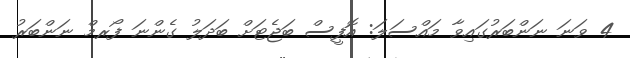
4 ވަނަ ނަންބަރުގައިވާ މައްސަލަ: އޮފީސް ބަޖެޓަށް ބަދަލު ގެންނަ ފޯރމް ނަންބަރު